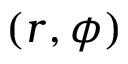
( r , \phi )